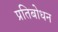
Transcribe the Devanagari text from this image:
प्रतिबोधन